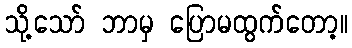
သို့သော် ဘာမှ ပြောမထွက်တော့။